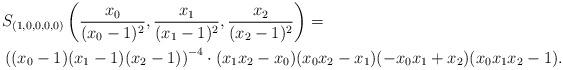
LaTeX: \begin{align*}& S_{(1,0,0,0,0)} \left( \frac{x_0}{(x_0-1)^2}, \frac{x_1}{(x_1-1)^2}, \frac{x_2}{(x_2-1)^2} \right) = \\& \left( (x_0-1)(x_1-1)(x_2 - 1) \right)^{-4} \cdot (x_1x_2 -x_0) (x_0x_2 -x_1) (-x_0x_1 + x_2) (x_0 x_1 x_2 - 1).\end{align*}